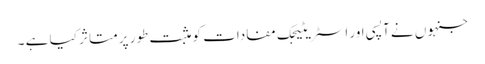
جنہوں نے آپسی اور اسٹریٹیجک مفادات کو مثبت طور پر متاثر کیا ہے ۔